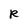
Character: R